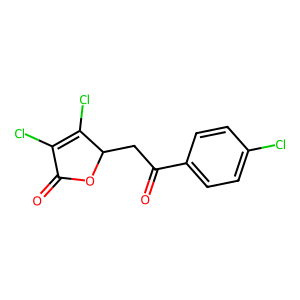
SMILES: O=C1OC(CC(=O)c2ccc(Cl)cc2)C(Cl)=C1Cl
Inhibits HIV replication: No